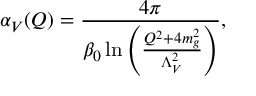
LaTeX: \alpha _ { V } ( Q ) = { \frac { 4 \pi } { \beta _ { 0 } \ln \left( { \frac { Q ^ { 2 } + 4 m _ { g } ^ { 2 } } { \Lambda _ { V } ^ { 2 } } } \right) } } ,